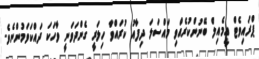
ޕްރައިވެޓް އީމެއިލް ބޭނުންކުރެއްވި މައްސަލަ ދިފާއު ކުރައްވާ ހިލަރީ ގެންދަވަނީ ވާހަކަ ދައްކަވަމުންނެވެ.